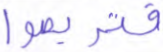
فتربصوا